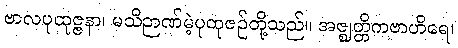
ဗာလပုထုဇ္ဇနာ၊ မသိဉာဏ်မဲ့ပုထုဇဉ်တို့သည်။ အဇ္ဈတ္တိကဗာဟိရေ၊